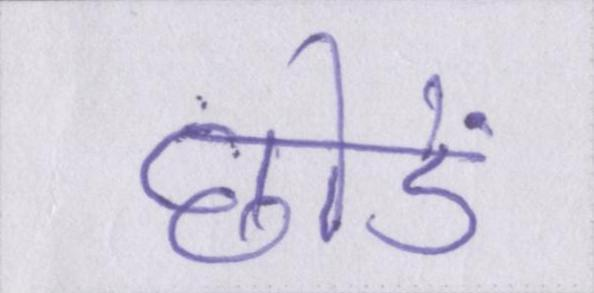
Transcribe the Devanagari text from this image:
छोडें